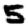
Digit: 5